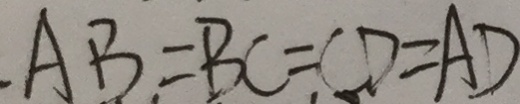
A B = B C = C D = A D